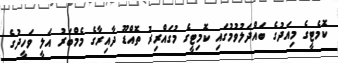
ކޮމެޓީގެ މިއަދުގެ ބައްދަލުވުމުގައި ކޮމިޓީގެ މުގައްރިރު ތޮއްޑޫ ދާއިރާގެ މެމްބަރު އަލީ ވަހީދުގެ